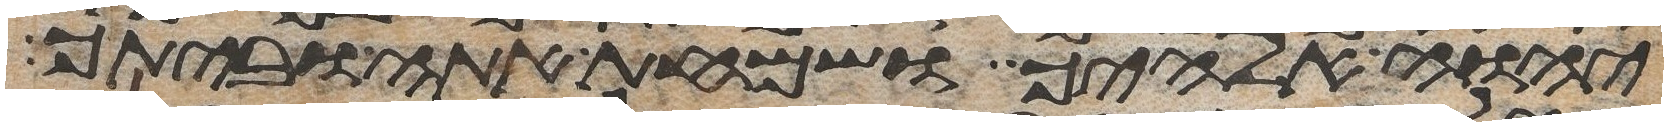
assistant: יהוה אלהיך ושמחת אתה וביתך